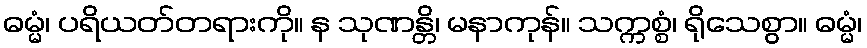
ဓမ္မံ၊ ပရိယတ်တရားကို။ န သုဏန္တိ၊ မနာကုန်။ သက္ကစ္စံ၊ ရိုသေစွာ။ ဓမ္မံ၊